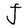
Character: J